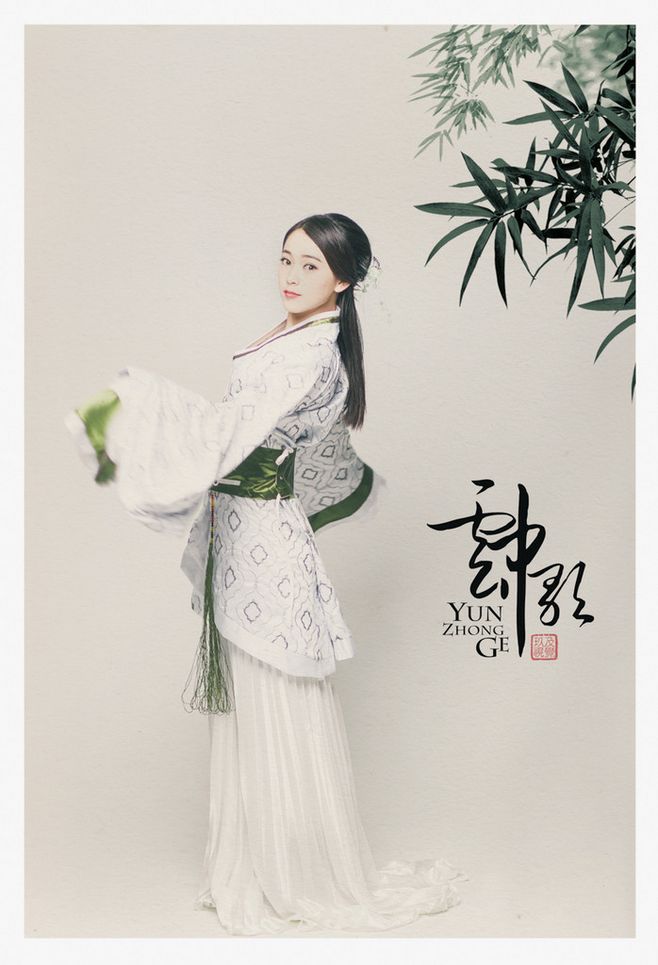
无情有恨何人觉？月晓风清欲堕时。